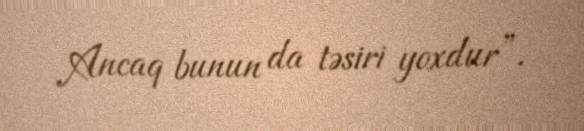
Ancaq bunun da təsiri yoxdur”.